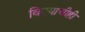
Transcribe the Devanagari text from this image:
विषयाचीही